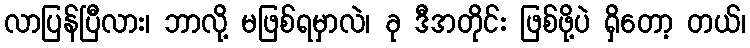
လာပြန်ပြီလား၊ ဘာလို့ မဖြစ်ရမှာလဲ၊ ခု ဒီအတိုင်း ဖြစ်ဖို့ပဲ ရှိတော့ တယ်၊